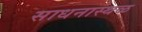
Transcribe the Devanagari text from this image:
साधनास्थळ